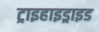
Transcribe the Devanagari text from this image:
ट्राइहाइड्राइड